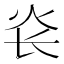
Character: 𰝾